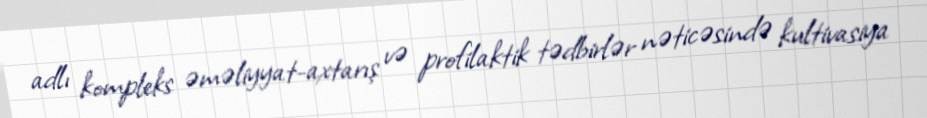
adlı kompleks əməliyyat-axtarış və profilaktik tədbirlər nəticəsində kultivasiya